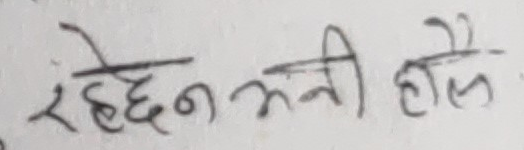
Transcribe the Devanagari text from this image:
रहेछन भनी हौले